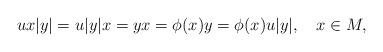
LaTeX: \begin{align*}ux|y|=u|y|x=yx=\phi(x)y=\phi(x)u|y|,\ \ \ x\in M,\end{align*}